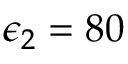
\epsilon _ { 2 } = 8 0